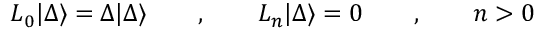
L _ { 0 } | \Delta \rangle = \Delta | \Delta \rangle \qquad , \qquad L _ { n } | \Delta \rangle = 0 \qquad , \qquad n > 0